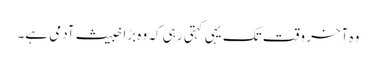
وہ آخر وقت تک یہی کہتی رہی کہ وہ بڑا خبیث آدمی ہے۔